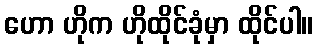
ဟော ဟိုက ဟိုထိုင်ခုံမှာ ထိုင်ပါ။